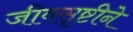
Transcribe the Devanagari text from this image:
जीवसृष्टीने